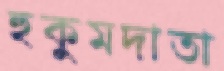
হুকুমদাতা